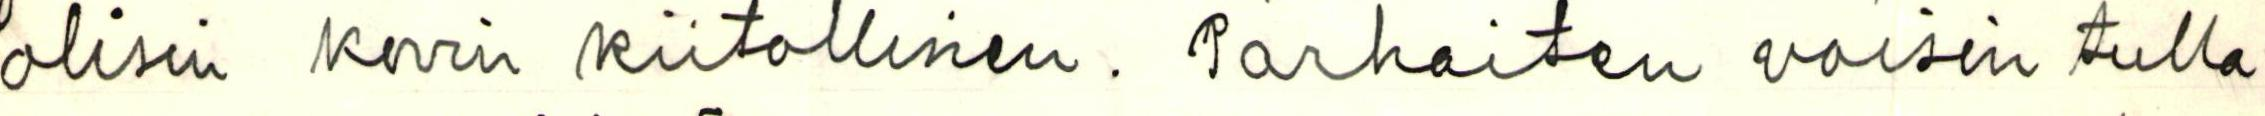
olisin kovin kiitollinen. Parhaiten voisin tulla